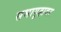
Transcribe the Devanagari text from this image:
सभागृहावर